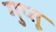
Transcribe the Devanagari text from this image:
गुप्तू